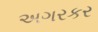
અગરકર